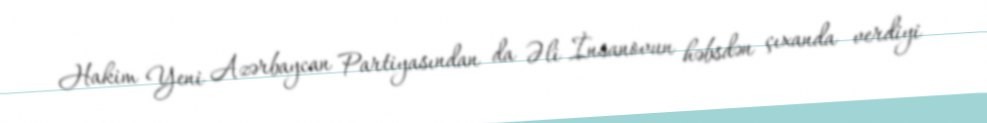
Hakim Yeni Azərbaycan Partiyasından da Əli İnsanovun həbsdən çıxanda verdiyi